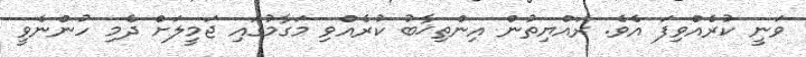
ވަނީ ކުރެއްވިފަ އެވެ. ރައްޔިތުން އިންތިޚާބު ކުރެއްވި މަގާމުގައި ޖަމީލަށް ދެމި ހުންނެވީ